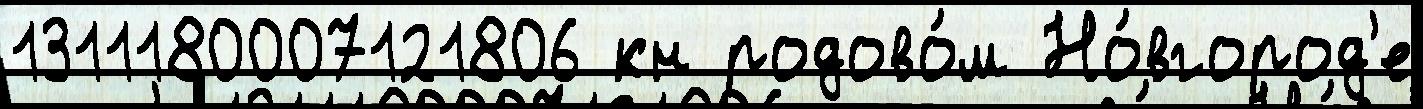
1311180007121806 кн родово́м Но́вгород'е